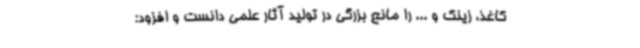
کاغذ، زینک و ... را مانع بزرگی در تولید آثار علمی دانست و افزود: